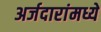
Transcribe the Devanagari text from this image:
अर्जदारांमध्ये